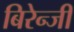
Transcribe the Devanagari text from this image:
बिरेन्जी